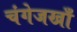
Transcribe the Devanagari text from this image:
चंगेजखाँ